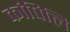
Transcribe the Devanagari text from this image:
कांपिलि